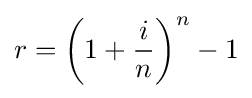
r=\left(1+{i \over n}\right)^{n}-1